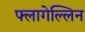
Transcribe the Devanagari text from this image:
फ्लागेल्लिन